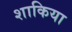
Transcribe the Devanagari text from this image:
शाकिया